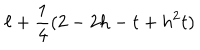
\ell + \frac { 1 } { 4 } ( 2 - 2 h - t + h ^ { 2 } t )